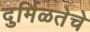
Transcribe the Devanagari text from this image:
दुर्मिळतेचे